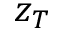
z _ { T }